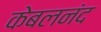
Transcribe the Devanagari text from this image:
केबलनंद